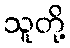
သူတို့